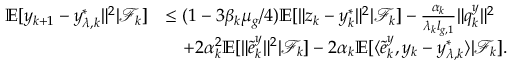
\begin{array} { r l } { \mathbb { E } [ y _ { k + 1 } - y _ { \lambda , k } ^ { * } \| ^ { 2 } | \mathcal { F } _ { k } ] } & { \le ( 1 - 3 \beta _ { k } \mu _ { g } / 4 ) \mathbb { E } [ \| z _ { k } - y _ { k } ^ { * } \| ^ { 2 } | \mathcal { F } _ { k } ] - \frac { \alpha _ { k } } { \lambda _ { k } l _ { g , 1 } } \| q _ { k } ^ { y } \| ^ { 2 } } \\ & { \quad + 2 \alpha _ { k } ^ { 2 } \mathbb { E } [ \| \tilde { e } _ { k } ^ { y } \| ^ { 2 } | \mathcal { F } _ { k } ] - 2 \alpha _ { k } \mathbb { E } [ \langle \tilde { e } _ { k } ^ { y } , y _ { k } - y _ { \lambda , k } ^ { * } \rangle | \mathcal { F } _ { k } ] . } \end{array}